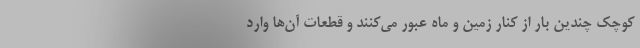
کوچک چندین بار از کنار زمین و ماه عبور می‌کنند و قطعات آن‌ها وارد